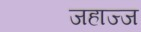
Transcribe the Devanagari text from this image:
जहाज्ज